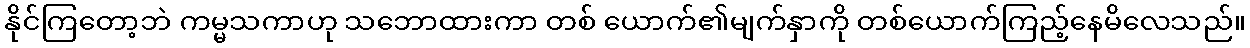
နိုင်ကြတော့ဘဲ ကမ္မသကာဟု သဘောထားကာ တစ် ယောက်၏မျက်နှာကို တစ်ယောက်ကြည့်နေမိလေသည်။